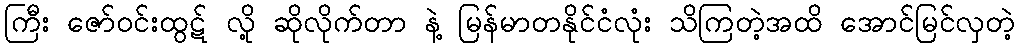
ကြီး ဇော်ဝင်းထွဋ် လို့ ဆိုလိုက်တာ နဲ့ မြန်မာတနိုင်ငံလုံး သိကြတဲ့အထိ အောင်မြင်လှတဲ့